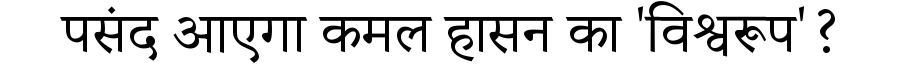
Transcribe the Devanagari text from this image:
पसंद आएगा कमल हासन का 'विश्वरूप'?